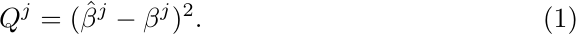
\begin{equation}\label{eq:mse}
    Q^j = (\hat{\beta}^j - \beta^j)^2.
\end{equation}